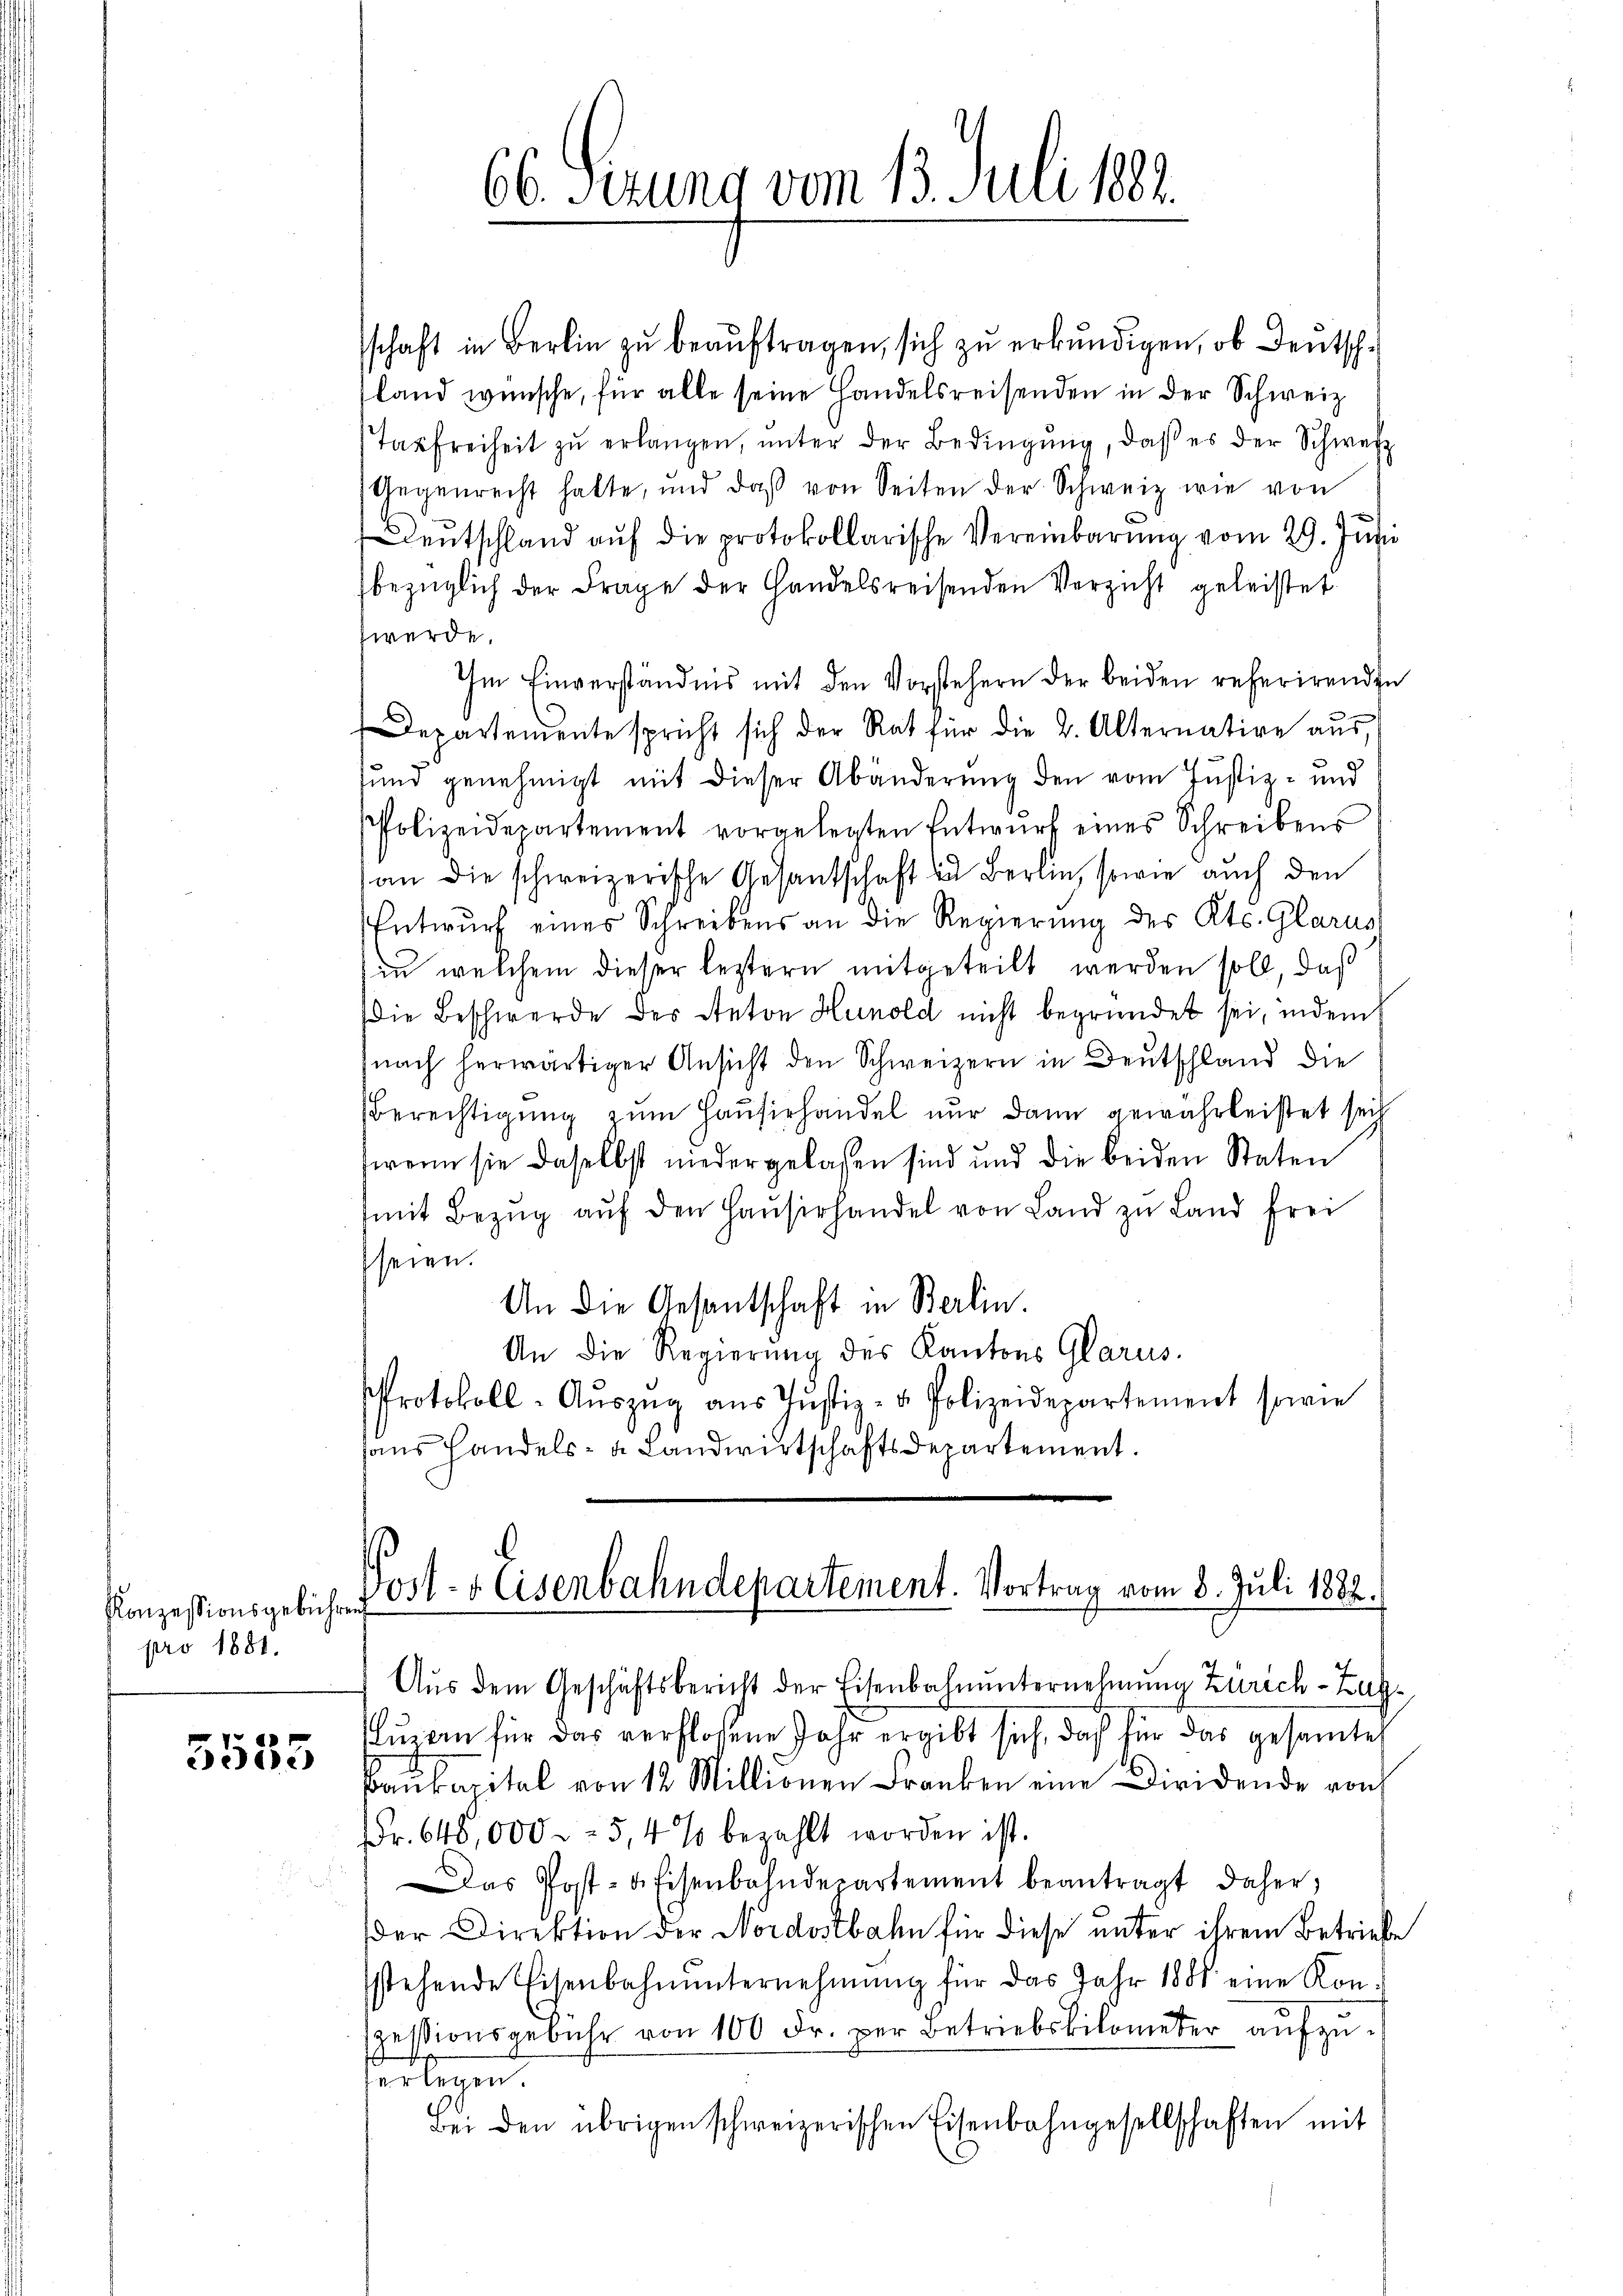
Konzessionsgebühren
pro 1881.

5555

schaft in Berlin zŭ beaŭftragen, sich zu erkundigen, ob Deutschland wünsche, für alle seine Handelsreisenden in der Schweiz
Tasfreiheit zŭ erlangen, ŭnter der Bedingŭng, daβ es der Schweiz
Aegenrecht hatte, und daß von Seiten der Schweiz wie von
Deutschland auf die protokollarische Vereinbarung vom 29. Juni
bezüglich der Frage der Handelsreisenden Verzicht geleistet
werde.
Im Einverständnis mit den Vorstehern der beiden referirenden
Departemente spricht sich der Rat für die 2. Alternation aŭs,
sund genehmigt mit dieser Abänderung den vom Justiz- und
Polizeidepartement vorgelegten Entwŭrf eines Schreibens
an die schweizerische Gesantschaft zu Berlin, sowie auch den
Entwŭrf eines Schreibens an die Regierung des Kts. Glarus
in welchem dieser leztern mitgeteilt werden soll, daß
die Beschwerde des Anton Hunold nicht begründet sei, indem
nach herwärtiger Ansicht den Schweizern in Deutschland die
Berechtigung zum Hausirhandel nur dann gewährleistet sei
wenn sie daselbst niedergelassen sind und die beiden Staten
mit Bezŭg aŭf den Haŭserhandel von Land zu Land frei
seien.
An die Gesantschaft in Berlin.
An die Regierŭng des Kantons Glarus.
Protokoll-Aŭszŭg aŭs Jŭstiz- u. Polizeidepartement sowie
sans Handels- u. Landwirtschaftsdepartement.

66. Ferung vom 13. Juli 1882.

Post- & Eisenbahndepartement. Vortrag vom 8. Juli 1882.
s

Aus dem Geschäftsbericht der Eisenbahnunternehmung Zürich–Zugurren für das verfloßene Jahr ergibt sich, daß für das gesamte
Baukapital von 12 Millionen Franken eine Dividende von
Fr. 640,000 - 5,4 % bezahlt worden ist.
Das Post- & Eisenbahndepartement beantragt daher,
der Direktion der Nordostbahn für diese unter ihrem Betriebe
sstehende Eisenbahnunternehmung für das Jahr 1888 eine Kon-
szessionsgebühr von 100 Fr. per Betriebskilometer aufzuerlegen
Bei den übrigen schweizerischen Eisenbahngesellschaften mit